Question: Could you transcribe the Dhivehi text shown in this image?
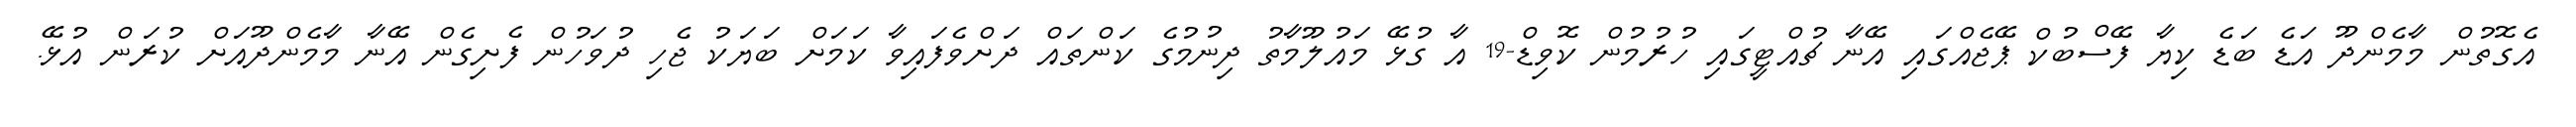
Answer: އެގޮތުން މާމެންދޫ އަޑެ ބަޑެ ކިޔާ ފޭސްބުކް ޕޭޖެއްގައި އޭނާ ޗުއްޓީގައި ހުރުމުން ކޮވިޑް-19 އާ ގުޅޭ މައުލޫމާތު ދިނުމުގެ ކަންތައް ދަށްވެފައިވާ ކަމަށް ބަޔަކު ޖެހި ދުވަހުން ފެށިގެން އޭނާ މާމެންދޫއަށް ކުރަން އުޅޭ.